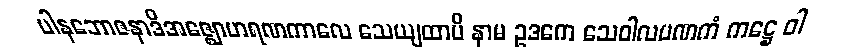
ပါနဘောဇနာဒိအဇ္ဈောဟရဏကာလေ သေယျထာပိ နာမ ဥဒကေ သေဝါလပဏကံ ကဋ္ဌေ ဝါ